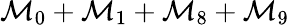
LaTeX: \mathcal{M}_{0}+\mathcal{M}_{1}+\mathcal{M}_{8}+\mathcal{M}_{9}